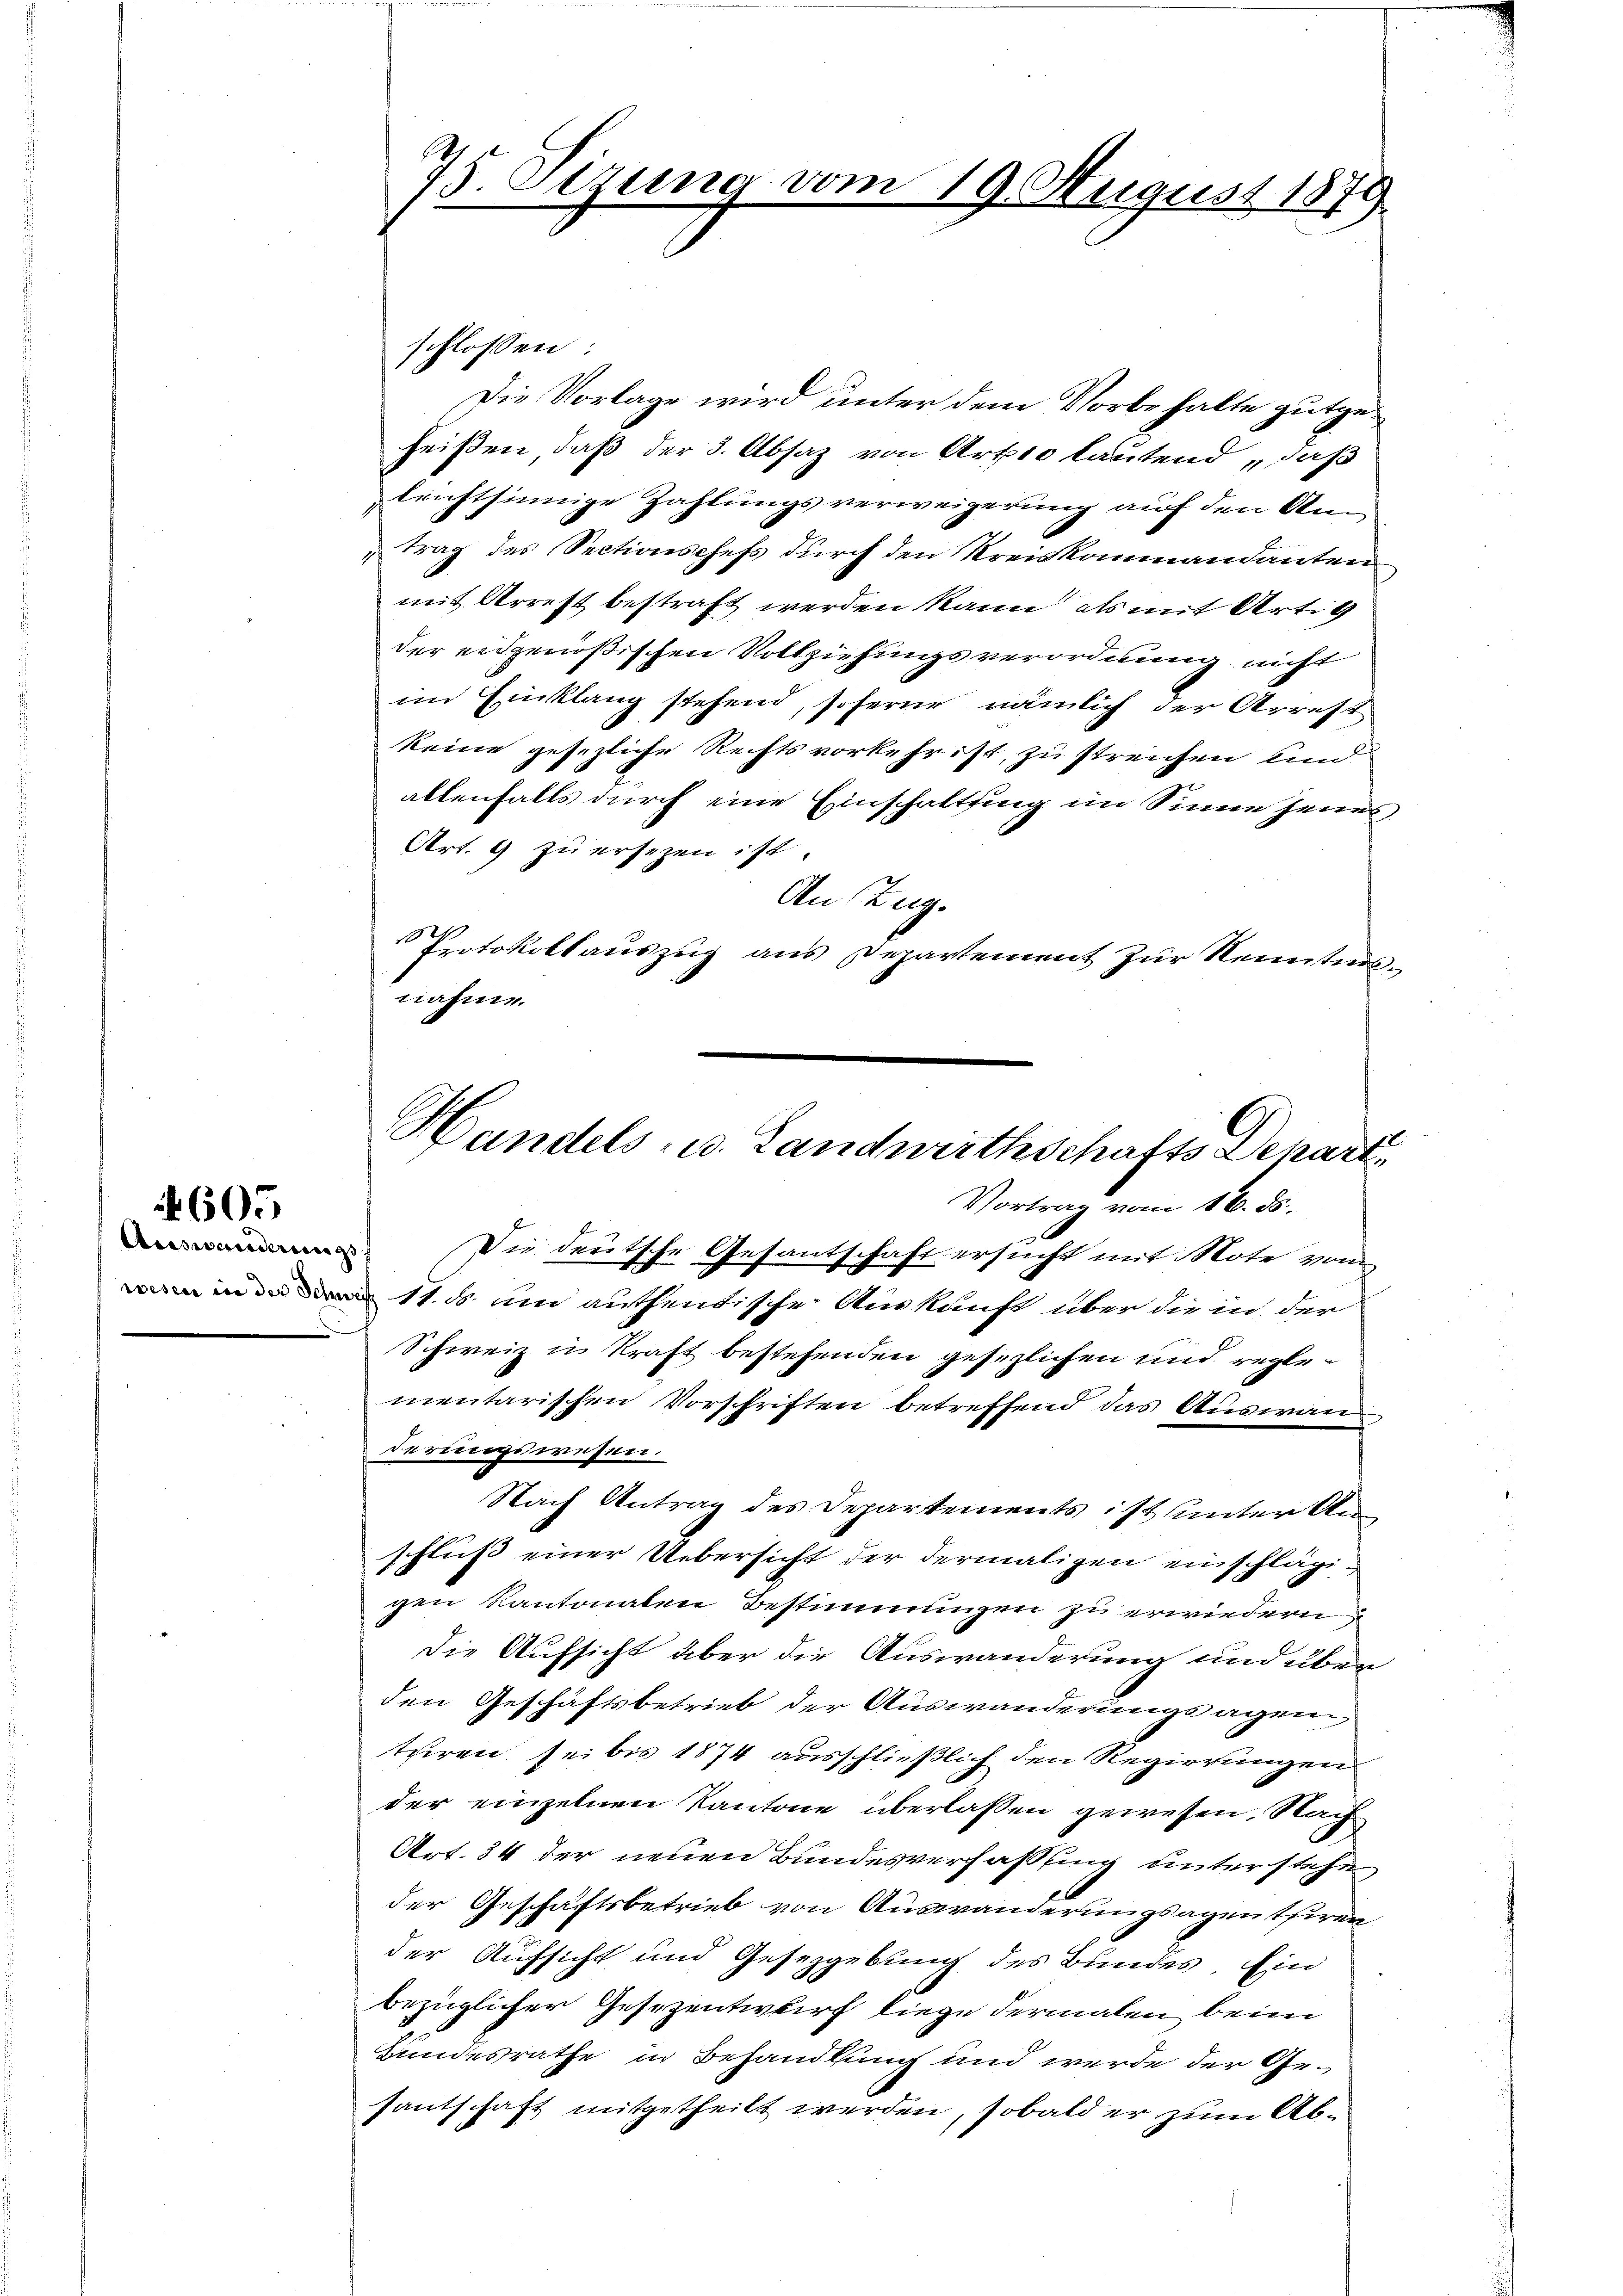
605

Auswanderungs

75. Sezung vom 19. August 1879

Handels- u. Landwirthschafts Depart
Vortrag vom 16. ds.
Die deutsche Gesantschaft ersucht mit Note vom

schlossen:
Die Vorlage wird unter dem Vorbehalte gutgeheißen, daß der 3. Absaz von Artto lautend „daß
leichtsinnige Zahlungsverweigerung auf den Ann
trag des Sectionschefs durch den Kreiskommandanten
mit Arrest bestraft werden kann, als mit Artig
der eidgenößischen Vollziehungsverordnung nicht
im Einklang stehend, soferne nämlich der Arrest
keine gesezliche Rechtsvorkehrist, zu streichen und
allenfalls durch eine Einschaltsing im Sinne jenes
Art. 9 zu ersezen ist.
An Zug.
r
Protokollauszug aus Departement zur Kenntnis
nahme.
11. ds. um authentische Auskunft über die in der
Schweiz u. kraft bestehenden gesezlichen und regle-
mentarischen Vorschriften betreffend das Auswanderungswesen.
Nach Antrag des Departements ist unter Anschluß einer Uebersicht der dermaligen einschlägigen Kantonaten Bestimmungen zu erwiedern
Die Aufsicht aber die Auswanderung und über
den Geschäftsbetrieb der Auswanderungsagen
turen sei bis 1874 ausschließlich den Regierungen
der einzelnen Kantone überlassen gewesen, Nach
Art. 34 der neuen Bundesverfassung unterstehe
der Geschäftsbetrieb von Auswanderungsagentiren
der Aufsicht und Gesetzgebung des Bundes. Ein
bezüglicher Gesezentwurf liege dermalen beim
Bundesrathe in Behandlung und werde der Gesantschaft mitgetheilt werden, sobald er zum Ab¬